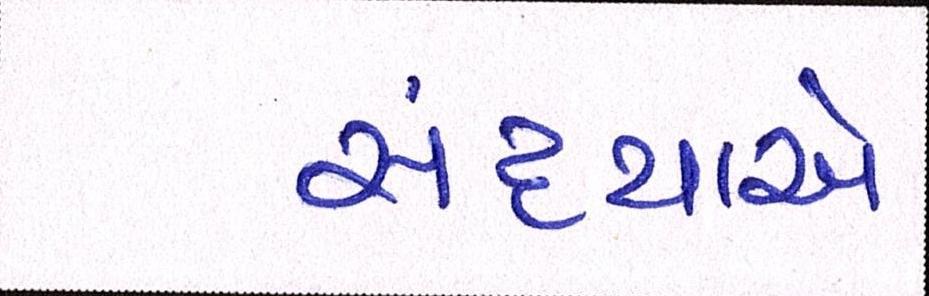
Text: સંધ્યાએ